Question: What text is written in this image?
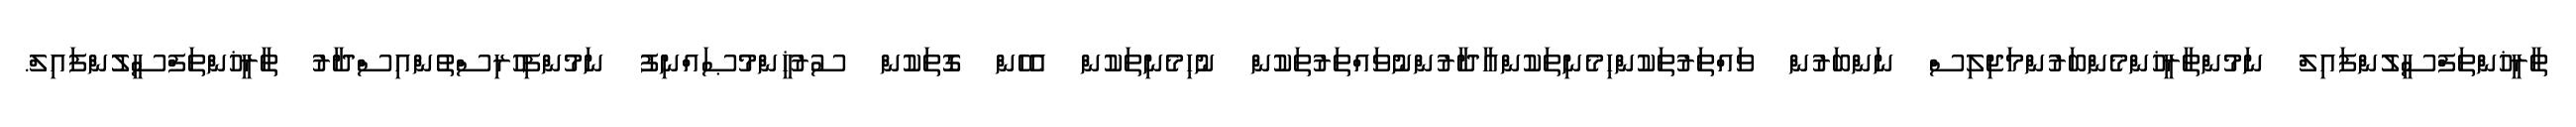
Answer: ތާރީޚުންތަފްސީލުންފައިލް ނަމުންތާރީޚުންމެންބަރުންމަޖިލިސް ނަންބަރުން ވައްތަރުތަކުންހިމެނިތަކުންއާދާރުންނުވައްތަރުތަކުން ނުހިމެނިތަކުން އެހެން ގޮތަކުން ސުރުޚީންމުޞައްނިފު ނަމުންފިހުރިސްތުންއިސްދާރު ތާރީޚުންތަފްސީލުންފައިލް.